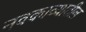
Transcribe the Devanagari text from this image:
नवकाव्यातील